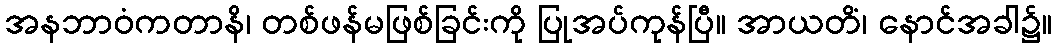
အနဘာဝံကတာနိ၊ တစ်ဖန်မဖြစ်ခြင်းကို ပြုအပ်ကုန်ပြီ။ အာယတိံ၊ နောင်အခါ၌။